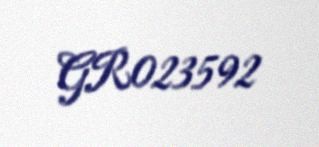
GR023592